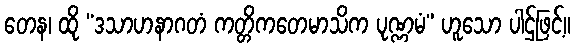
တေန၊ ထို “ဒသာဟနာဂတံ ကတ္တိကတေမာသိက ပုဏ္ဏမံ” ဟူသော ပါဌ်ဖြင့်။